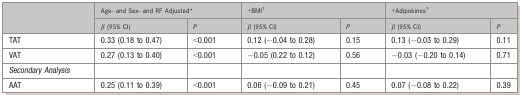
<table><thead><tr><td></td><td colspan="2"><b>Age- and Sex- and RF Adjusted*</b></td><td colspan="2"><b>+BMI†</b></td><td colspan="2"><b>+Adipokines†</b></td></tr><tr><td></td><td><b>β (95% CI)</b></td><td><b><i>P</i></b></td><td><b>β (95% CI)</b></td><td><b><i>P</i></b></td><td><b>β (95% CI)</b></td><td><b><i>P</i></b></td></tr></thead><tbody><tr><td>TAT</td><td>0.33 (0.18 to 0.47)</td><td>&lt;0.001</td><td>0.12 (−0.04 to 0.28)</td><td>0.15</td><td>0.13 (−0.03 to 0.29)</td><td>0.11</td></tr><tr><td>VAT</td><td>0.27 (0.13 to 0.40)</td><td>&lt;0.001</td><td>−0.05 (0.22 to 0.12)</td><td>0.56</td><td>−0.03 (−0.20 to 0.14)</td><td>0.71</td></tr><tr><td><i>Secondary Analysis</i></td><td></td><td></td><td></td><td></td><td></td><td></td></tr><tr><td>AAT</td><td>0.25 (0.11 to 0.39)</td><td>&lt;0.001</td><td>0.06 (−0.09 to 0.21)</td><td>0.45</td><td>0.07 (−0.08 to 0.22)</td><td>0.39</td></tr></tbody></table>